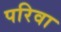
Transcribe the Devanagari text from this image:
परिवा